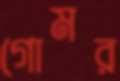
গোমর